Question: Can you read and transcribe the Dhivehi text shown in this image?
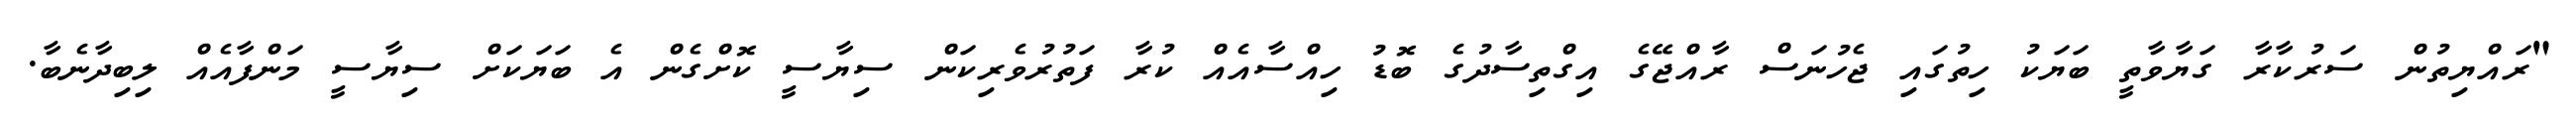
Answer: "ރައްޔިތުން ސަރުކާރާ ގަޔާވާތީ ބަޔަކު ހިތުގައި ޖެހުނަސް ރާއްޖޭގެ އިގްތިސާދުގެ ބޮޑު ހިއްސާއެއް ކުރާ ފަތުރުވެރިކަން ސިޔާސީ ކޮށްގެން އެ ބަޔަކަށް ސިޔާސީ މަންފާއެއް ލިބިދާނެބާ.